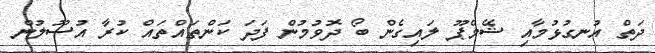
ދަތް އުނގުޅުމާއި ޝޭމްޕޫ ލައިގެން ބޯ ދޮވުމުން ފަދަ ކަންތައްތައް ކުރާ އުސޫލުން